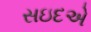
સઇદએ